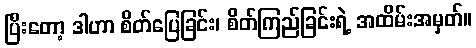
ပြီးတော့ ဒါဟာ စိတ်ပြေခြင်း၊ စိတ်ကြည်ခြင်းရဲ့ အထိမ်းအမှတ်။